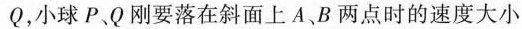
Q，小球P、Q刚要落在斜面上A、B两点时的速度大小